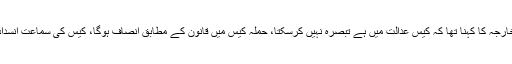
ممبئی کیس سے متعلق ترجمان دفترخارجہ کا کہنا تھا کہ کیس عدالت میں ہے تبصرہ نہیں کرسکتا، حملہ کیس میں قانون کے مطابق انصاف ہوگا، کیس کی سماعت انسداد دہشت گردی عدالت میں ہورہی ہے۔